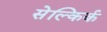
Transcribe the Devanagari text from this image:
सेल्किर्क